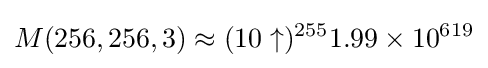
M(256,256,3)\approx (10\uparrow )^{255}1.99\times 10^{619}